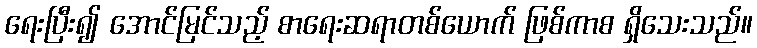
ရေးပြီး၍ အောင်မြင်သည့် စာရေးဆရာတစ်ယောက် ဖြစ်ကာစ ရှိသေးသည်။